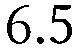
6.5